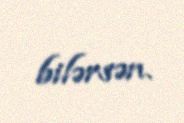
bilərsən.